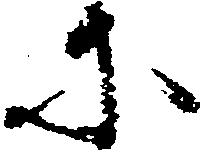
に